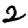
Digit: 2